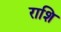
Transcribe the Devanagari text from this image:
राशि